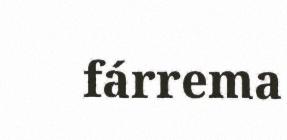
fárrema